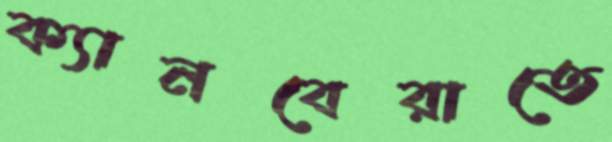
ক্যানবেরাতে